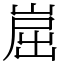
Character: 崫